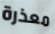
معذرة